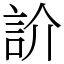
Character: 䚸